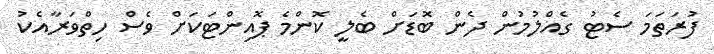
ފުރަތަމަ ސެޓު ގެއްލުމުން ދެން ބޮޑަށް ބެލީ ކޮންމެ ޕޮއިންޓަކަށް ވެސް ހިތްވަރާއެކު